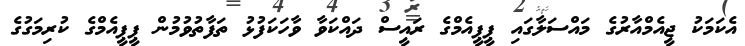
އެކަމަކު ޖީއެމްއާރުގެ މައްސަލާގައި ޕީޕީއެމްގެ ރައީސް ދައްކަވާ ވާހަކަފުޅު ތަފާތުވުމުން ޕީޕީއެމްގެ ކުރިމަގުގެ